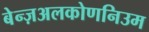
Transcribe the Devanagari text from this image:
बेन्ज़अलकोणनिउम